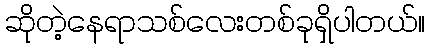
ဆိုတဲ့နေရာသစ်လေးတစ်ခုရှိပါတယ်။